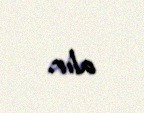
alır.